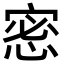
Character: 𢛬